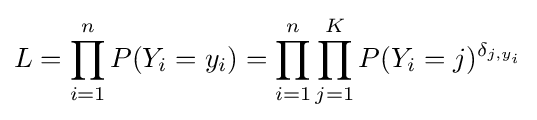
L=\prod _{i=1}^{n}P(Y_{i}=y_{i})=\prod _{i=1}^{n}\prod _{j=1}^{K}P(Y_{i}=j)^{\delta _{j,y_{i}}}